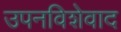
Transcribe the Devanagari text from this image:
उपनविशेवाद